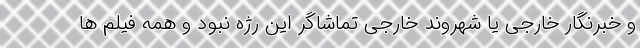
و خبرنگار خارجی یا شهروند خارجی تماشاگر این رژه نبود و همه فیلم ها